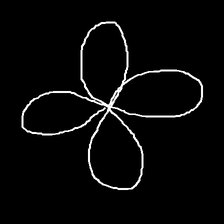
Glyph: billowing